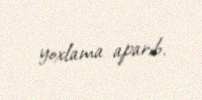
yoxlama aparıb.